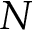
N